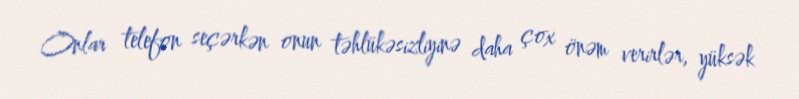
Onlar telefon seçərkən onun təhlükəsizliyinə daha çox önəm verirlər, yüksək